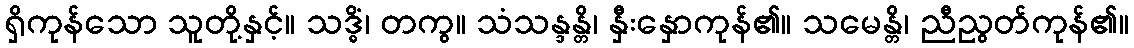
ရှိကုန်သော သူတို့နှင့်။ သဒ္ဓိံ၊ တကွ။ သံသန္ဒန္တိ၊ နှီးနှောကုန်၏။ သမေန္တိ၊ ညီညွတ်ကုန်၏။